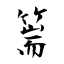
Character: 篅